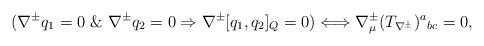
LaTeX: \begin{align*}(\nabla^\pm q_1=0\ \&\ \nabla^\pm q_2=0\Rightarrow\nabla^\pm [q_1,q_2]_Q=0)\Longleftrightarrow \nabla^\pm_\mu (T_{\nabla^\pm})^a{}_{bc}=0,\end{align*}